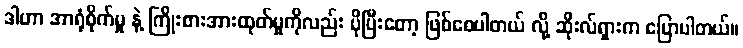
ဒါဟာ အာရုံစိုက်မှု နဲ့ ကြိုးစားအားထုတ်မှုကိုလည်း ပိုပြီးတော့ ဖြစ်စေပါတယ် လို့ ဆိုးလ်ရှားက ပြောပါတယ်။